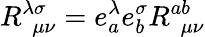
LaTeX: R_{\ \ \mu\nu}^{\lambda\sigma}=e_{a}^{\lambda}e_{b}^{\sigma}R_{\ \ \mu\nu}^{ab}